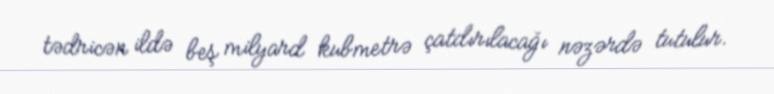
tədricən ildə beş milyard kubmetrə çatdırılacağı nəzərdə tutulur.